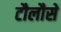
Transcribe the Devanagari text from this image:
टौलौसे